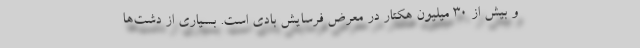
و بیش از ۳۰ میلیون هکتار در معرض فرسایش بادی است. بسیاری از دشت‌ها